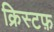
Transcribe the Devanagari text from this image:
क्रिस्टफ़